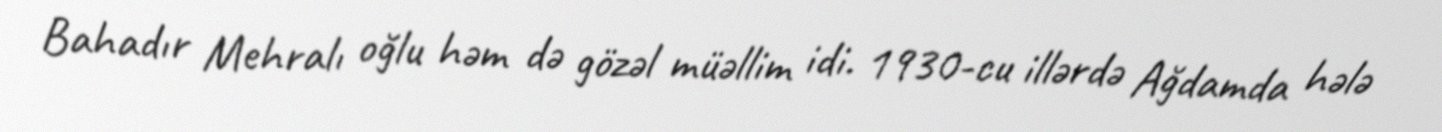
Bahadır Mehralı oğlu həm də gözəl müəllim idi. 1930-cu illərdə Ağdamda hələ